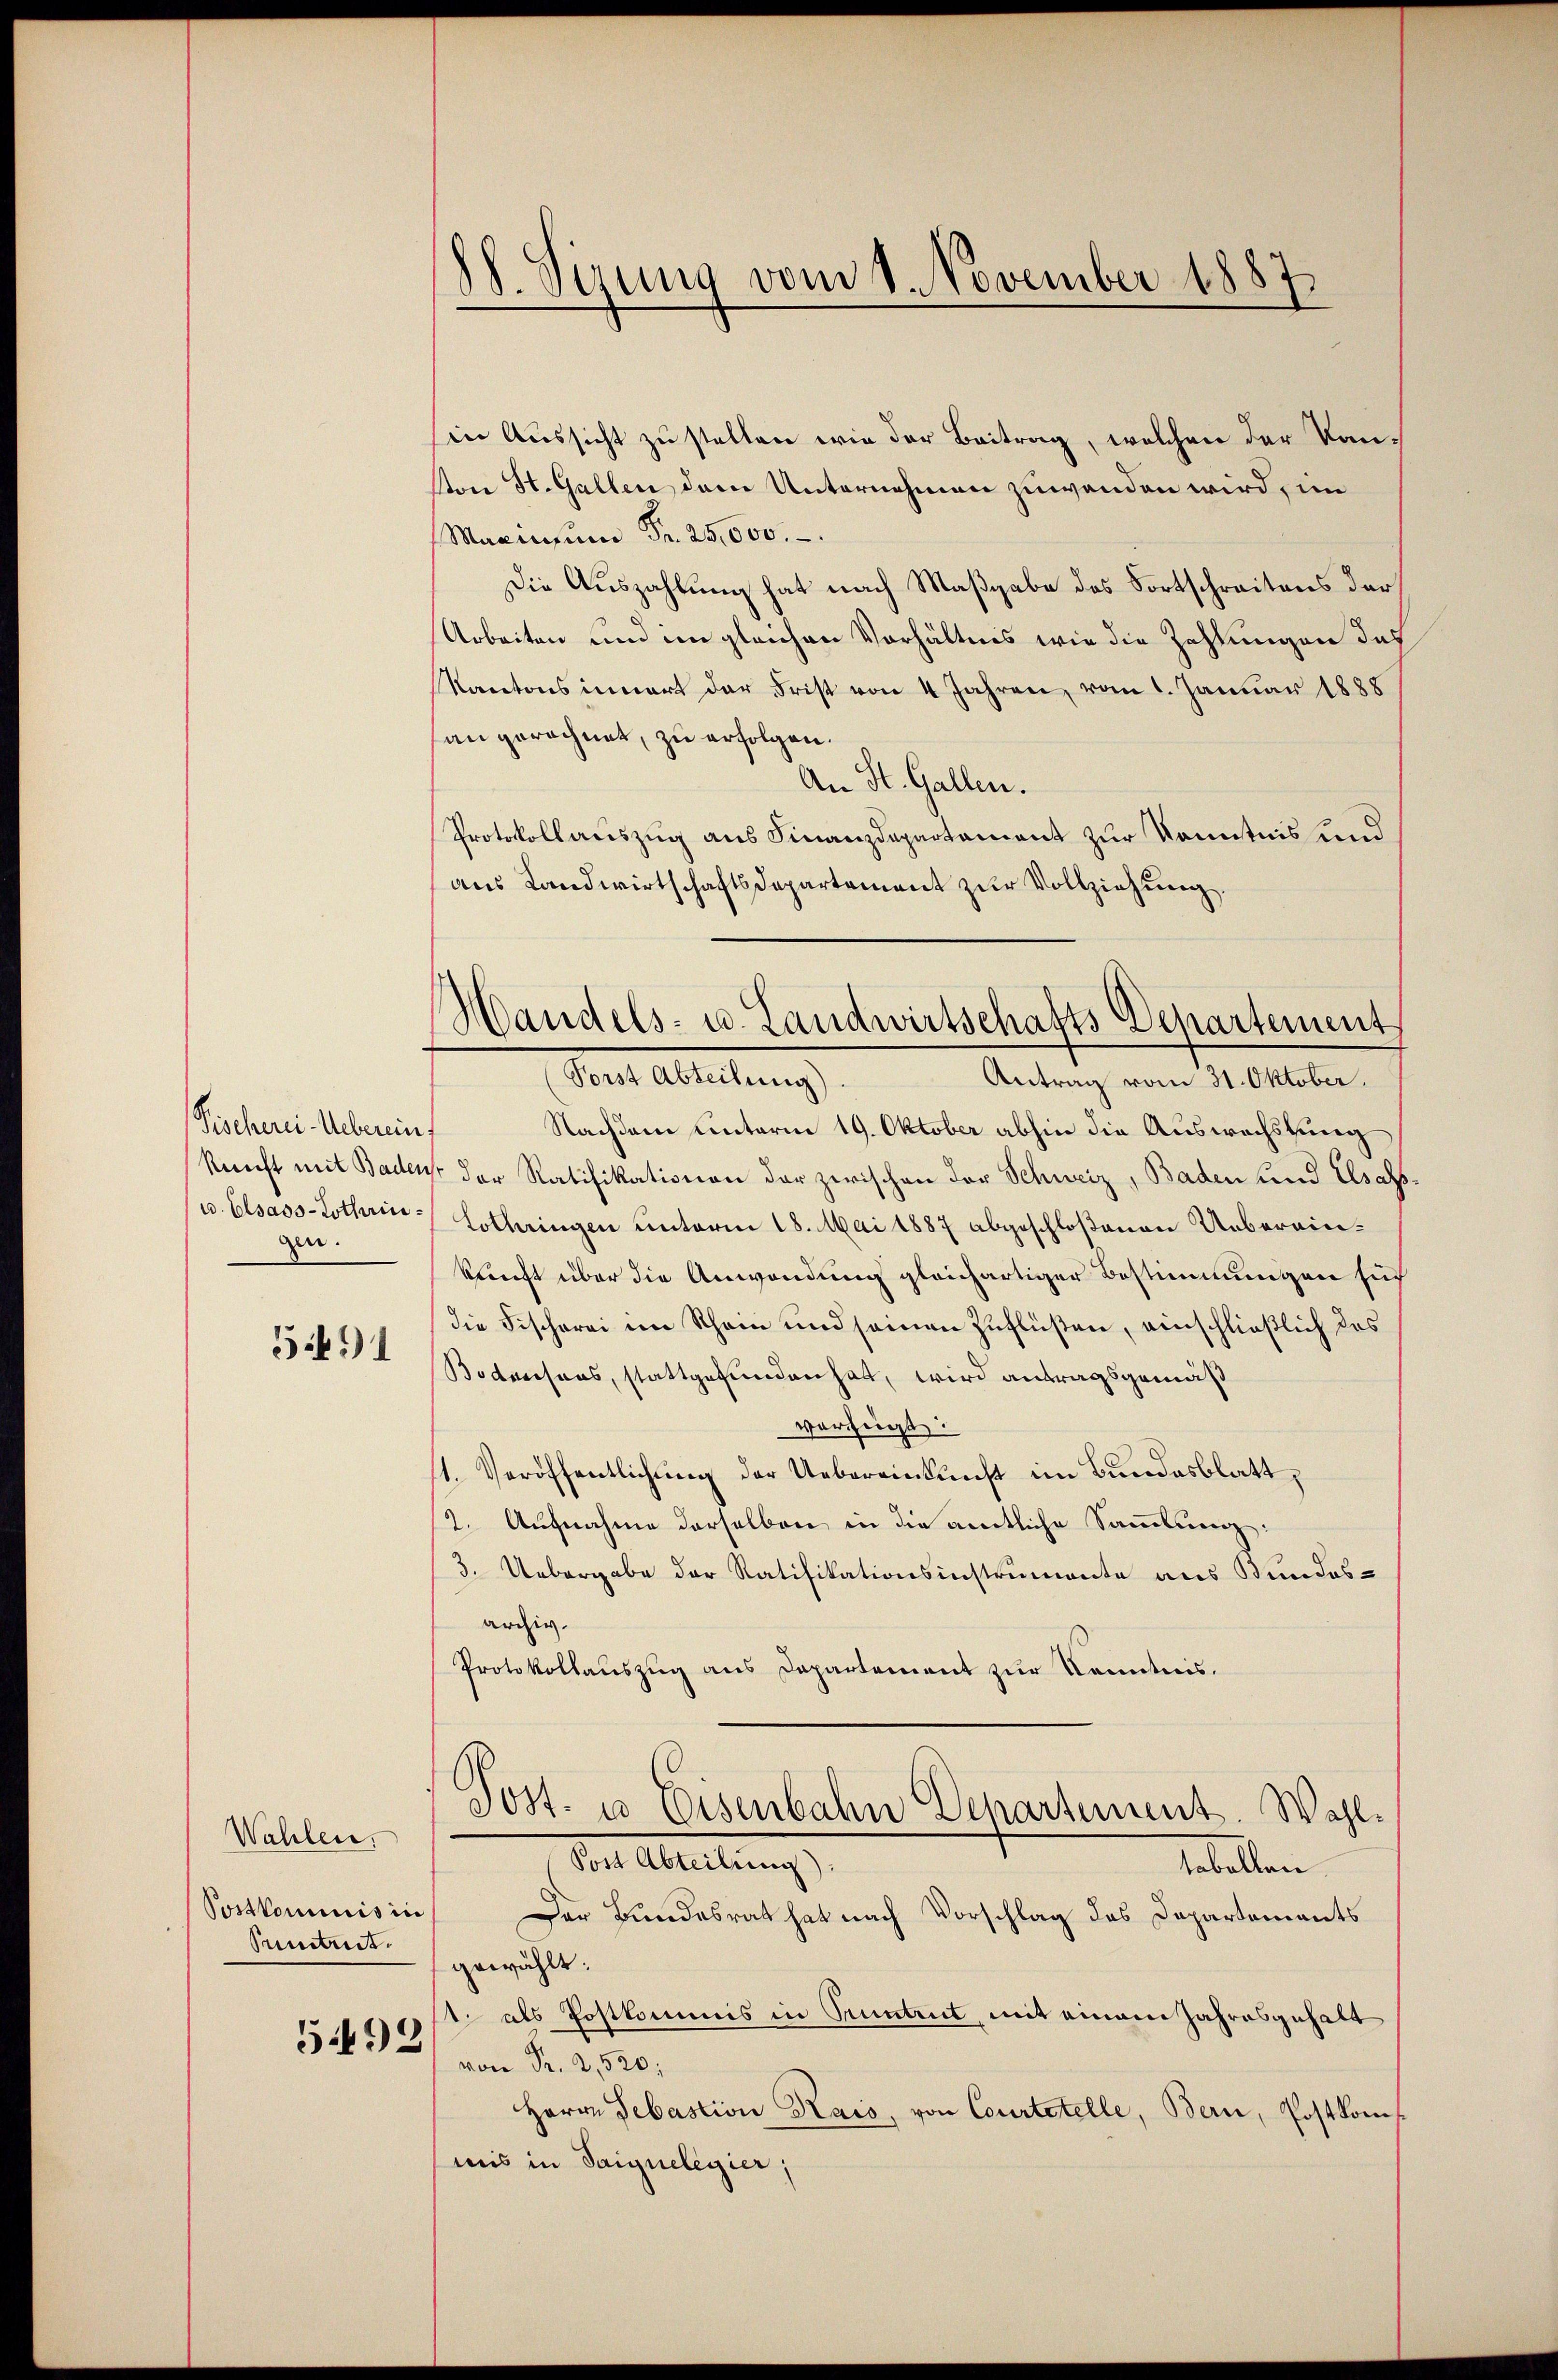
Fischerei Uebereinf
u. Elsass-Lothringen.

5491

Wahlen.
Postkommnis in
Suntuit.

5492

dl. Sizung vom 1. November 1887

Handels- u. Landwirtschafts-Departement

in Aussicht zu stellen wie der Beitrag, welchen der Kanon St. Gallen dem Unternehmen zuwanden wird, im
Mazinsum Fr. 25,000.
Die Auszahlung hat nach Maßgabe des Fortschreitens der
Arbeiten und im gleichen Verhältnis wie die Zahlungen des
Kantonsinnert der Frist von 4 Jahren, vom 1. Januar 1888
an gerechnet, zu erfolgen.
An St. Gallen.
Protokollauszug aus Finanzdepartement zur Kenntnis und
aus Landwirtschaftsdepartement zur Vollziehung,
Forst Abteilung)
Antrag vom 31. Oktober.
Nachdem Einterm 19. Oktober abhin die Auswechstung
kunft mit Baden, der Ratifikationen der zwischen der Schweiz, Baden und Elsass.
Lothringen unterm 18. Mai 1887 abgeschloßenen Uebereinkunft über die Anwendung gleichartiger Bestimmungen sich
die Fischerei im Schein und seinen Zuflüßen, einschließlich das
Bodensens, stattgefunden hat, wird antragsgemäß
verfügt:
s1. Veröffentlichung der Uebereinkunft im Bundesblatt,
2. Aufnahme derselben in die amtliche Sammlung:
3. Uebergabe der Ratifikationsinstrumente aus Bundesarchig.
Protokollauszug aus Departement zur Kenntnis.
Post. u. Eisenbahn Departement. Wahl¬
Post Abteilung).
tabellen
Der Bundesrat hat nach Vorschlag des Departements
gewählt:
1 als Postkommis in Tuntrut, mit einem Jahresgehalt
von Fr. 2,520;
Herrn Sebastion Kais, von Courtstelle, Berne, Postkommis in Saiguelegier;